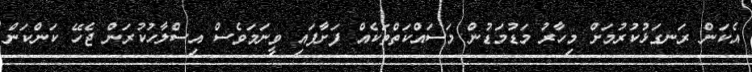
އެކަން ރަނގަޅުކުރުމަށް މިހާރު މަޑުމަޑުން މަސައްކަތްތަކެއް ފަށާފައި ވީނަމަވެސް އިސްލާހުކުރަން ޖެހޭ ކަންކަން